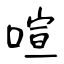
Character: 喧